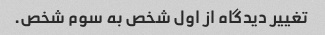
تغییر دیدگاه از اول شخص به سوم شخص.